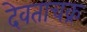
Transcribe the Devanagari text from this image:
देवताचक्र